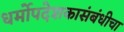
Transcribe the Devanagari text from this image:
धर्मोपदेशकासंबंधीचा